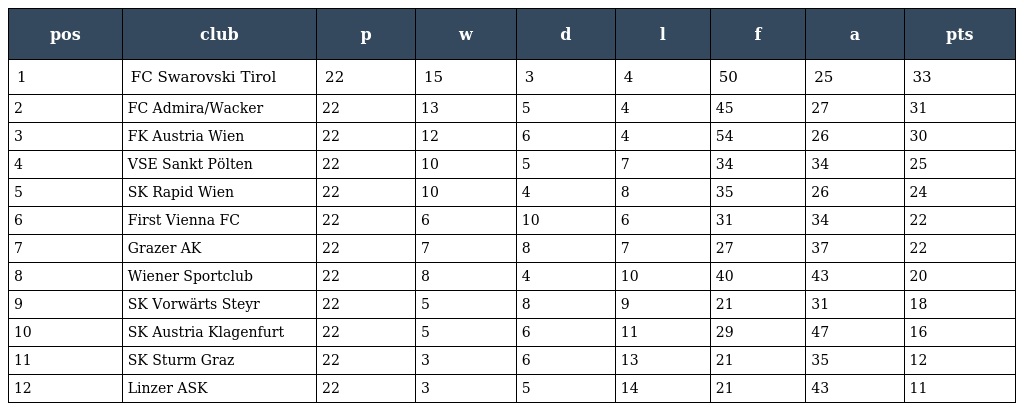
| pos | club | p | w | d | l | f | a | pts |
 | --- | --- | --- | --- | --- | --- | --- | --- | --- |
 | 1 | FC Swarovski Tirol | 22 | 15 | 3 | 4 | 50 | 25 | 33 |
 | 2 | FC Admira/Wacker | 22 | 13 | 5 | 4 | 45 | 27 | 31 |
 | 3 | FK Austria Wien | 22 | 12 | 6 | 4 | 54 | 26 | 30 |
 | 4 | VSE Sankt Pölten | 22 | 10 | 5 | 7 | 34 | 34 | 25 |
 | 5 | SK Rapid Wien | 22 | 10 | 4 | 8 | 35 | 26 | 24 |
 | 6 | First Vienna FC | 22 | 6 | 10 | 6 | 31 | 34 | 22 |
 | 7 | Grazer AK | 22 | 7 | 8 | 7 | 27 | 37 | 22 |
 | 8 | Wiener Sportclub | 22 | 8 | 4 | 10 | 40 | 43 | 20 |
 | 9 | SK Vorwärts Steyr | 22 | 5 | 8 | 9 | 21 | 31 | 18 |
 | 10 | SK Austria Klagenfurt | 22 | 5 | 6 | 11 | 29 | 47 | 16 |
 | 11 | SK Sturm Graz | 22 | 3 | 6 | 13 | 21 | 35 | 12 |
 | 12 | Linzer ASK | 22 | 3 | 5 | 14 | 21 | 43 | 11 |